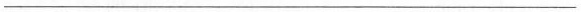
___